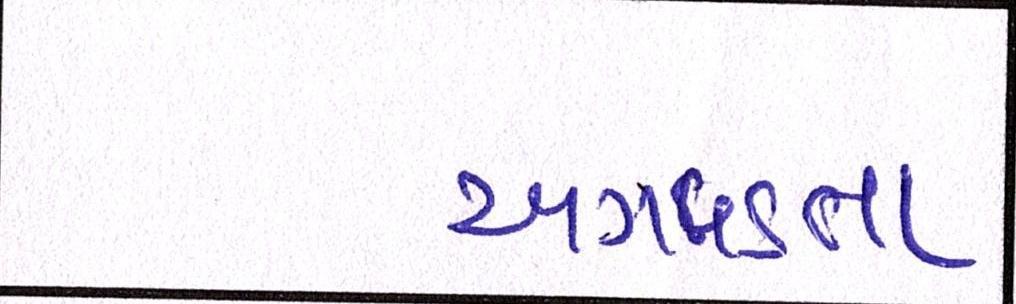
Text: અગવડતા